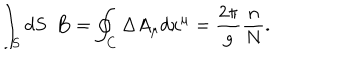
\int _ { S } d S \enspace { \bf B } = \oint _ { C } \Delta A _ { \mu } d x ^ { \mu } = \frac { 2 \pi } { g } \frac { n } { N } .